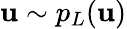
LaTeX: {\mathbf u}\sim p_{L}({\mathbf u})